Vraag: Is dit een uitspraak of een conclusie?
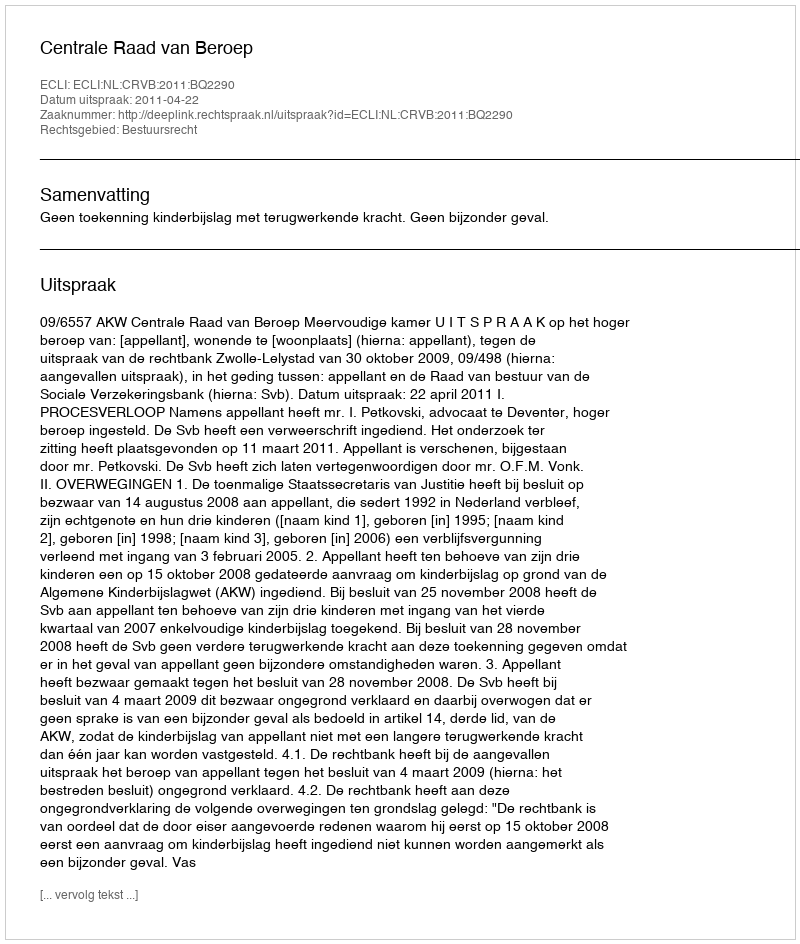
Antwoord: Uitspraak